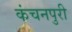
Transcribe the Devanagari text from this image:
कंचनपुरी